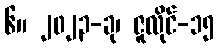
၆။ ၂၀၂၃-ခု၊ ဇူလိုင်-၁၅